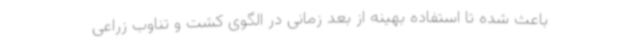
باعث شده تا استفاده بهینه از بعد زمانی در الگوی کشت و تناوب زراعی